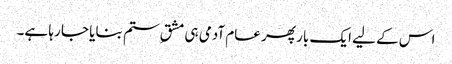
اس کے لیے ایک بار پھر عام آدمی ہی مشقِ ستم بنایا جا رہا ہے۔